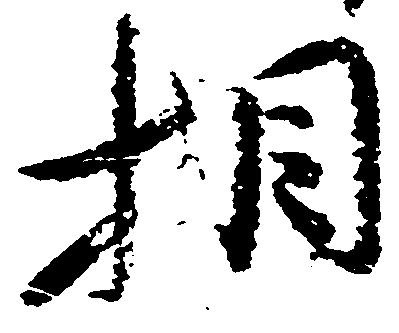
相